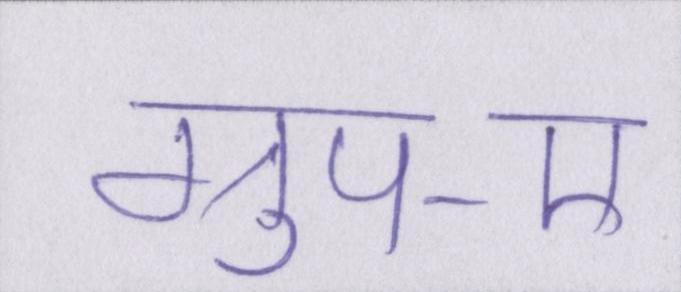
ग्रुप-ए